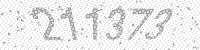
Solution: 211373